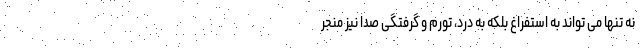
نه تنها می تواند به استفراغ بلکه به درد، تورم و گرفتگی صدا نیز منجر